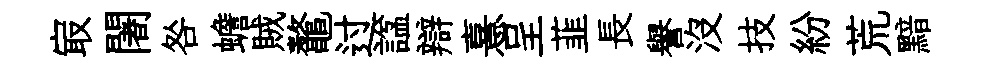
㝡闍咎蟾賊鼇过諡辯憙呈韮長譽沒技紛荒黯